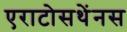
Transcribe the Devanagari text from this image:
एराटोसथेंनस